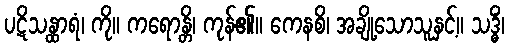
ပဋိသန္ထာရံ၊ ကို။ ကရောန္တိ၊ ကုန်၏။ ကေနစိ၊ အချို့သောသူနှင့်။ သဒ္ဓိံ၊